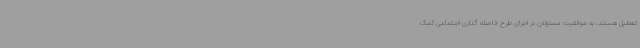
تعطیل هستند، به موفقیت مسئولان در اجرای طرح فاصله گذاری اجتماعی کمک